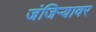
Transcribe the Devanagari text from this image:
जंजिऱ्यावर